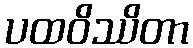
ပထဝိဿိတာ